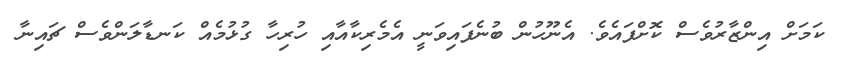
ކަމަށް އިންޒާރުވެސް ކޮށްފައެވެ. އެނޫހުން ބުނެފައިވަނީ އެމެރިކާއާއި ހުރިހާ ގުޅުމެއް ކަނޑާލަންވެސް ޗައިނާ